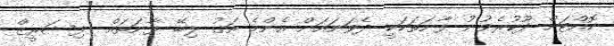
ކޮއްޓަށް ދޫކުރެވުނު ފާނަތަކަކީ ދެވަނައަށް އެންމެ އަގު ލިބޭ ފާނަތައް  ފިޝަރީޒް